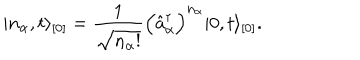
LaTeX: \vert n _ { \alpha } , t \rangle _ { [ 0 ] } = \frac { 1 } { \sqrt { n _ { \alpha } ! } } \Bigl ( \hat { a } _ { \alpha } ^ { \dagger } \Bigr ) ^ { n _ { \alpha } } \vert 0 , t \rangle _ { [ 0 ] } .